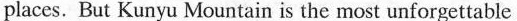
places. But Kunyu Mountain is the most unforgettable